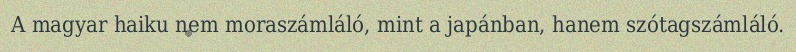
A magyar haiku nem moraszámláló, mint a japánban, hanem szótagszámláló.